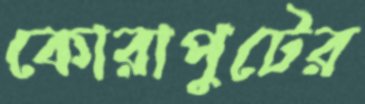
কোরাপুটের